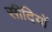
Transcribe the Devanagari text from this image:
सीदियों